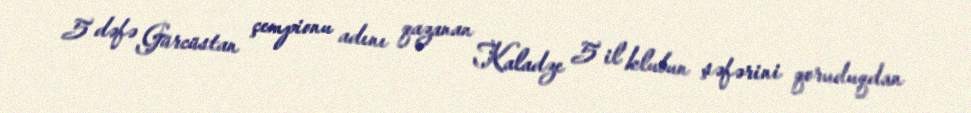
5 dəfə Gürcüstan çempionu adını qazanan Kaladze 5 il klubun şəfərini qoruduqdan